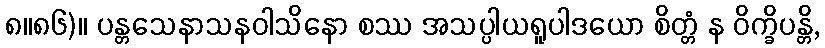
၈။၈၆)။ ပန္တသေနာသနဝါသိနော စဿ အသပ္ပါယရူပါဒယော စိတ္တံ န ဝိက္ခိပန္တိ,